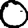
Digit: 0